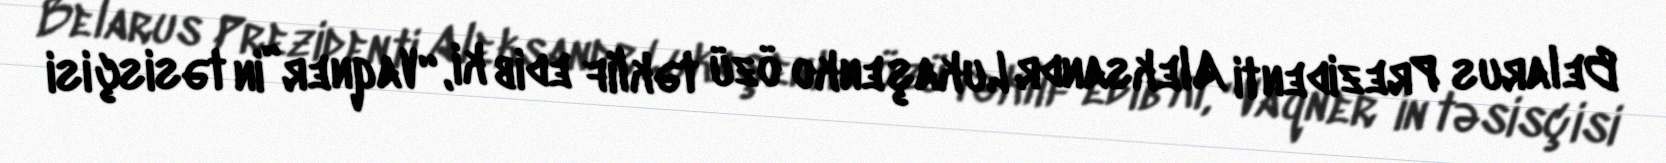
Belarus Prezidenti Aleksandr Lukaşenko özü təklif edib ki, “Vaqner”in təsisçisi